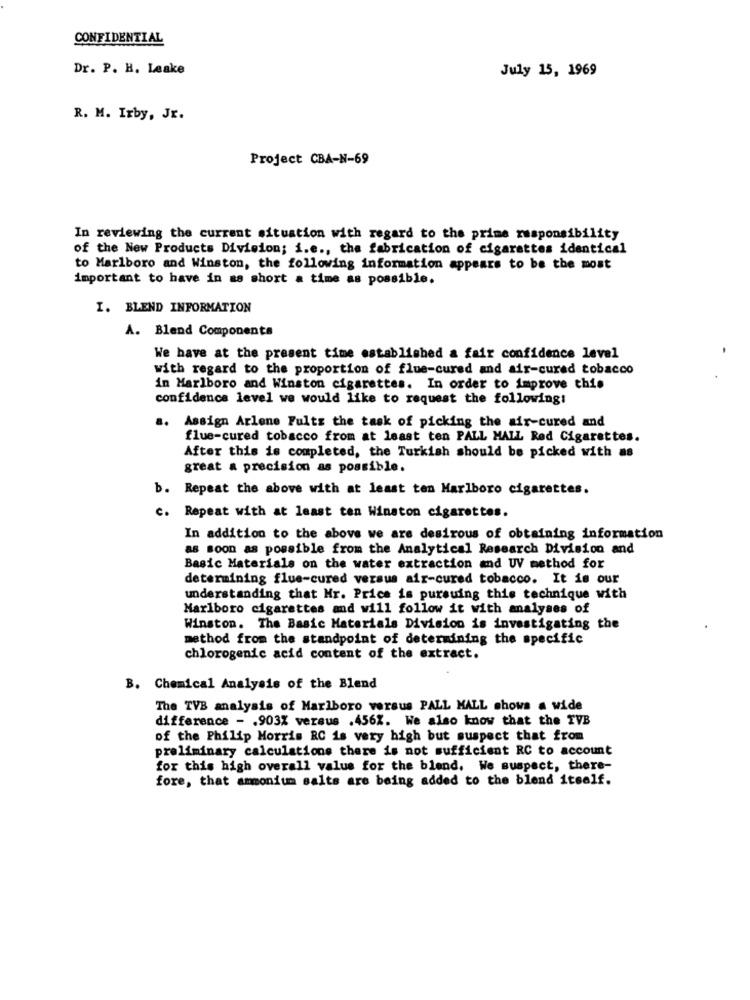
CONFIDENTIAL
Dr. P. H. Leake
July 15, 1969
R. M. Irby, Jr.
Project CBA-N-69
In reviewing the current situation with regard to the prime responsibility
of the New Products Division; i.e ., the fabrication of cigarettes identical
to Marlboro and Winston, the following information appears to be the most
important to have in as short a time as possible.
I. BLEND INFORMATION
A. Blend Components
.
We have at the present time established a fair confidence level
with regard to the proportion of flue-cured and air-cured tobacco
in Marlboro and Winston cigarettes. In order to improve chio
confidence level we would like to request the following:
a. Assign Arlene Fults the task of picking the air-cured and
flue-cured tobacco from at least ten PALL MALL Red Cigarettes.
After this is completed, the Turkish should be picked with as
great a precision as possible.
b. Repeat the above with at least ten Marlboro cigarettes.
c. Repeat with at least ten Winston cigarettes.
In addition to the above we are desirous of obtaining information
as soon as possible from the Analytical Research Division and
Basic Materials on the water extraction and UV method for
determining flue-cured versus air-cured tobacco. It is our
understanding that Mr. Price is pursuing this technique with
Marlboro cigarettes and will follow it with analyses of
Winston. The Basic Materials Division is investigating the
method from the standpoint of determining the specific
chlorogenic acid content of the extract.
B. Chemical Analysis of the Blend
The TVB analysis of Marlboro versus PALL MALL shows a wide
difference - . 903% versus .456%. We also know that the TVB
of the Philip Morris RC is very high but suspect that from
preliminary calculations there is not sufficient RC to account
for this high overall value for the blend. We suspect, there-
fore, that ammonium salts are being added to the blend itself.